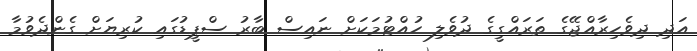
އަދި ދިވެހިރާއްޖޭގެ ތަރައްގީގެ ދުވެލި ހުއްޓުމަކަށް ނައިސް ބާރު ސްޕީޑުގައި ކުރިޔަށް ގެންދެވުމާ